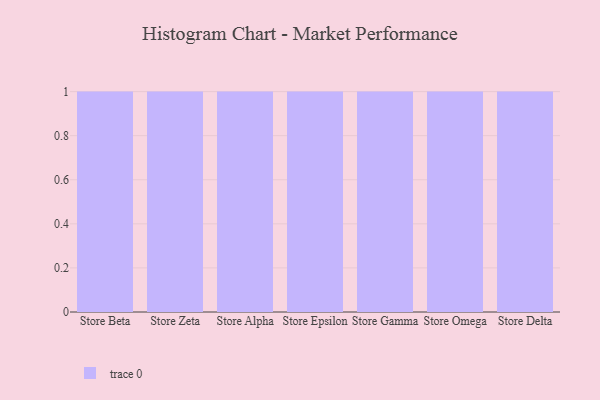
{"axis": {"x": "Store", "y": "LTV (USD)"}, "legend": [""], "data": [{"x": "Store Beta", "y": 8, "type": ""}, {"x": "Store Zeta", "y": 68, "type": ""}, {"x": "Store Alpha", "y": 52, "type": ""}, {"x": "Store Epsilon", "y": 1, "type": ""}, {"x": "Store Gamma", "y": 63, "type": ""}, {"x": "Store Omega", "y": 77, "type": ""}, {"x": "Store Delta", "y": 49, "type": ""}]}